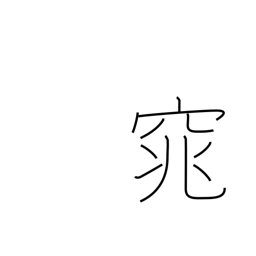
Meaning: quiet